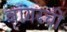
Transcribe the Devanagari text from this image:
बांगरची